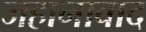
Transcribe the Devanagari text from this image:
जहानावाद